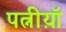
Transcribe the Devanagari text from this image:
पत्नीय़ॉ